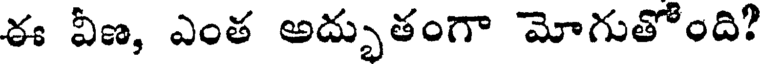
ఈ వీణ, ఎంత అద్భుతంగా మోగుతోంది?